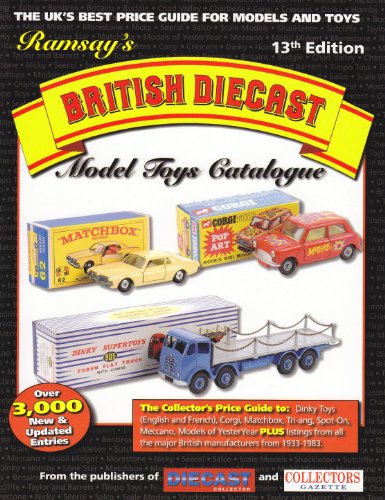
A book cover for Ramsay's British Diecast Model Toys Catalogue; Crafts, Hobbies & Home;